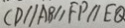
C D / / A B / / F P / / E Q